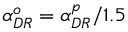
\alpha _ { D R } ^ { o } = \alpha _ { D R } ^ { p } / 1 . 5